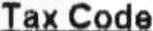
TAX CODE